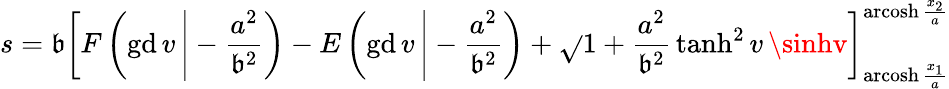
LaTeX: s=\mathfrak{b}\left[F\left(\operatorname{gd}v\, {\Biggr|}-{\frac{{a^{2}}}{{\mathfrak{b}^{2}}}}\right)-E\left(\operatorname{gd}v\, {\Biggr|}-{\frac{{a^{2}}}{{\mathfrak{b}^{2}}}}\right)+{\sqrt{}{{1+{\frac{{a^{2}}}{{\mathfrak{b}^{2}}}}\operatorname{tanh}^{2}v}}}\, \sinhv\right]_{\operatorname{arcosh}{\frac{{x_{1}}}{{a}}}}^{\operatorname{arcosh}{\frac{{x_{2}}}{{a}}}}